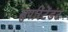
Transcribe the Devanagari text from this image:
सुपरिंटेंडंट